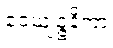
ဝေယျဉ္ဇနိကာ